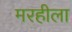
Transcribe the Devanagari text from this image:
मरहीला